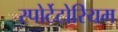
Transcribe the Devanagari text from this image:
स्पोर्टेटोरियम